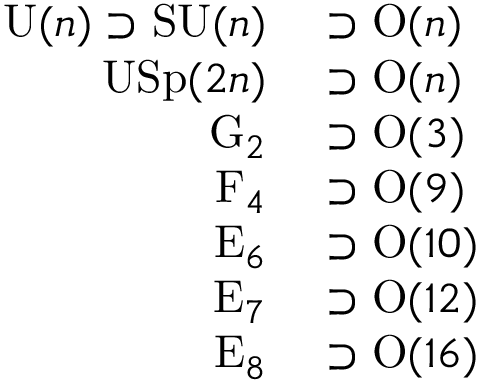
\begin{array} { r l } { \mathrm { U } ( n ) \supset \mathrm { S U } ( n ) } & { { } \supset \mathrm { O } ( n ) } \\ { \mathrm { U S p } ( 2 n ) } & { { } \supset \mathrm { O } ( n ) } \\ { \mathrm { G } _ { 2 } } & { { } \supset \mathrm { O } ( 3 ) } \\ { \mathrm { F } _ { 4 } } & { { } \supset \mathrm { O } ( 9 ) } \\ { \mathrm { E } _ { 6 } } & { { } \supset \mathrm { O } ( 1 0 ) } \\ { \mathrm { E } _ { 7 } } & { { } \supset \mathrm { O } ( 1 2 ) } \\ { \mathrm { E } _ { 8 } } & { { } \supset \mathrm { O } ( 1 6 ) } \end{array}